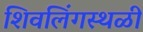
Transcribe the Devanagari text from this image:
शिवलिंगस्थळी